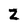
Character: Z